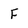
Character: F